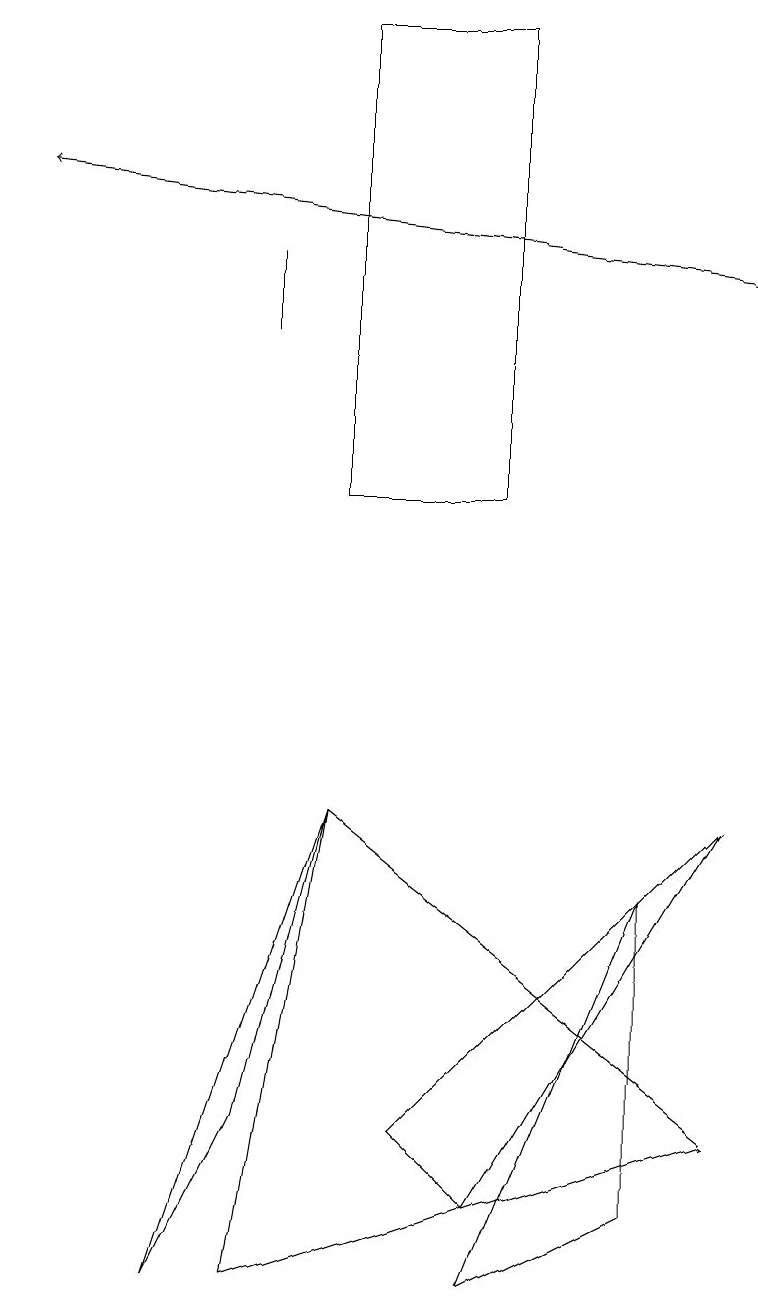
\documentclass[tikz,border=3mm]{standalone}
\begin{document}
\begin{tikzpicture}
\draw (4,7) -- (9,3) -- (3,1) -- cycle;
\draw (2,1) -- (4,7) -- (3,3) -- cycle;
\draw (3,13) rectangle (3,14);
\draw (8,6) -- (6,1) -- (8,2) -- cycle;
\draw[->] (9,14) -- (0,15);
\draw (6,2) -- (5,3) -- (9,7) -- cycle;
\draw (6,11) rectangle (4,17);
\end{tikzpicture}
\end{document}